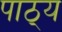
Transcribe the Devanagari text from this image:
पाठ्‌य